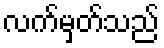
လက်မှတ်သည်